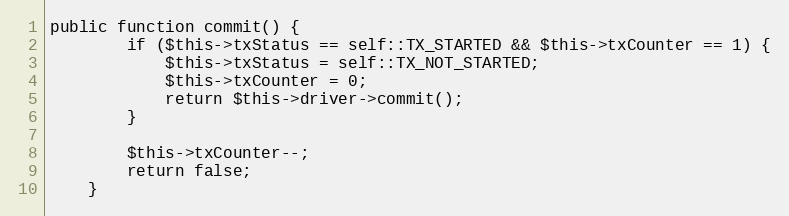
Language: PHP
public function commit() {
		if ($this->txStatus == self::TX_STARTED && $this->txCounter == 1) {
			$this->txStatus = self::TX_NOT_STARTED;
			$this->txCounter = 0;
			return $this->driver->commit();
		}

		$this->txCounter--;
		return false;
	}